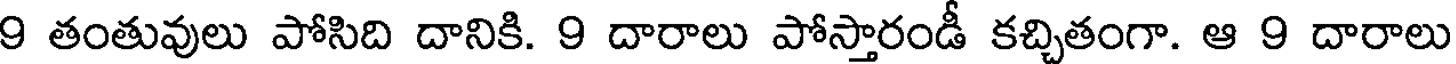
9 తంతువులు పోసిది దానికి. 9 దారాలు పోస్తారండీ కచ్చితంగా. ఆ 9 దారాలు